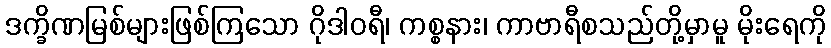
ဒက္ခိဏမြစ်များဖြစ်ကြသော ဂိုဒါဝရီ၊ ကစ္စနား၊ ကာဗာရီစသည်တို့မှာမူ မိုးရေကို